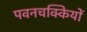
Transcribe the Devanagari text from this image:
पवनचक्कियों